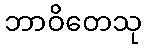
ဘာဝိတေသု